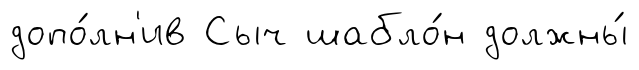
допо́лн'ив Сыч шабло́н должны́